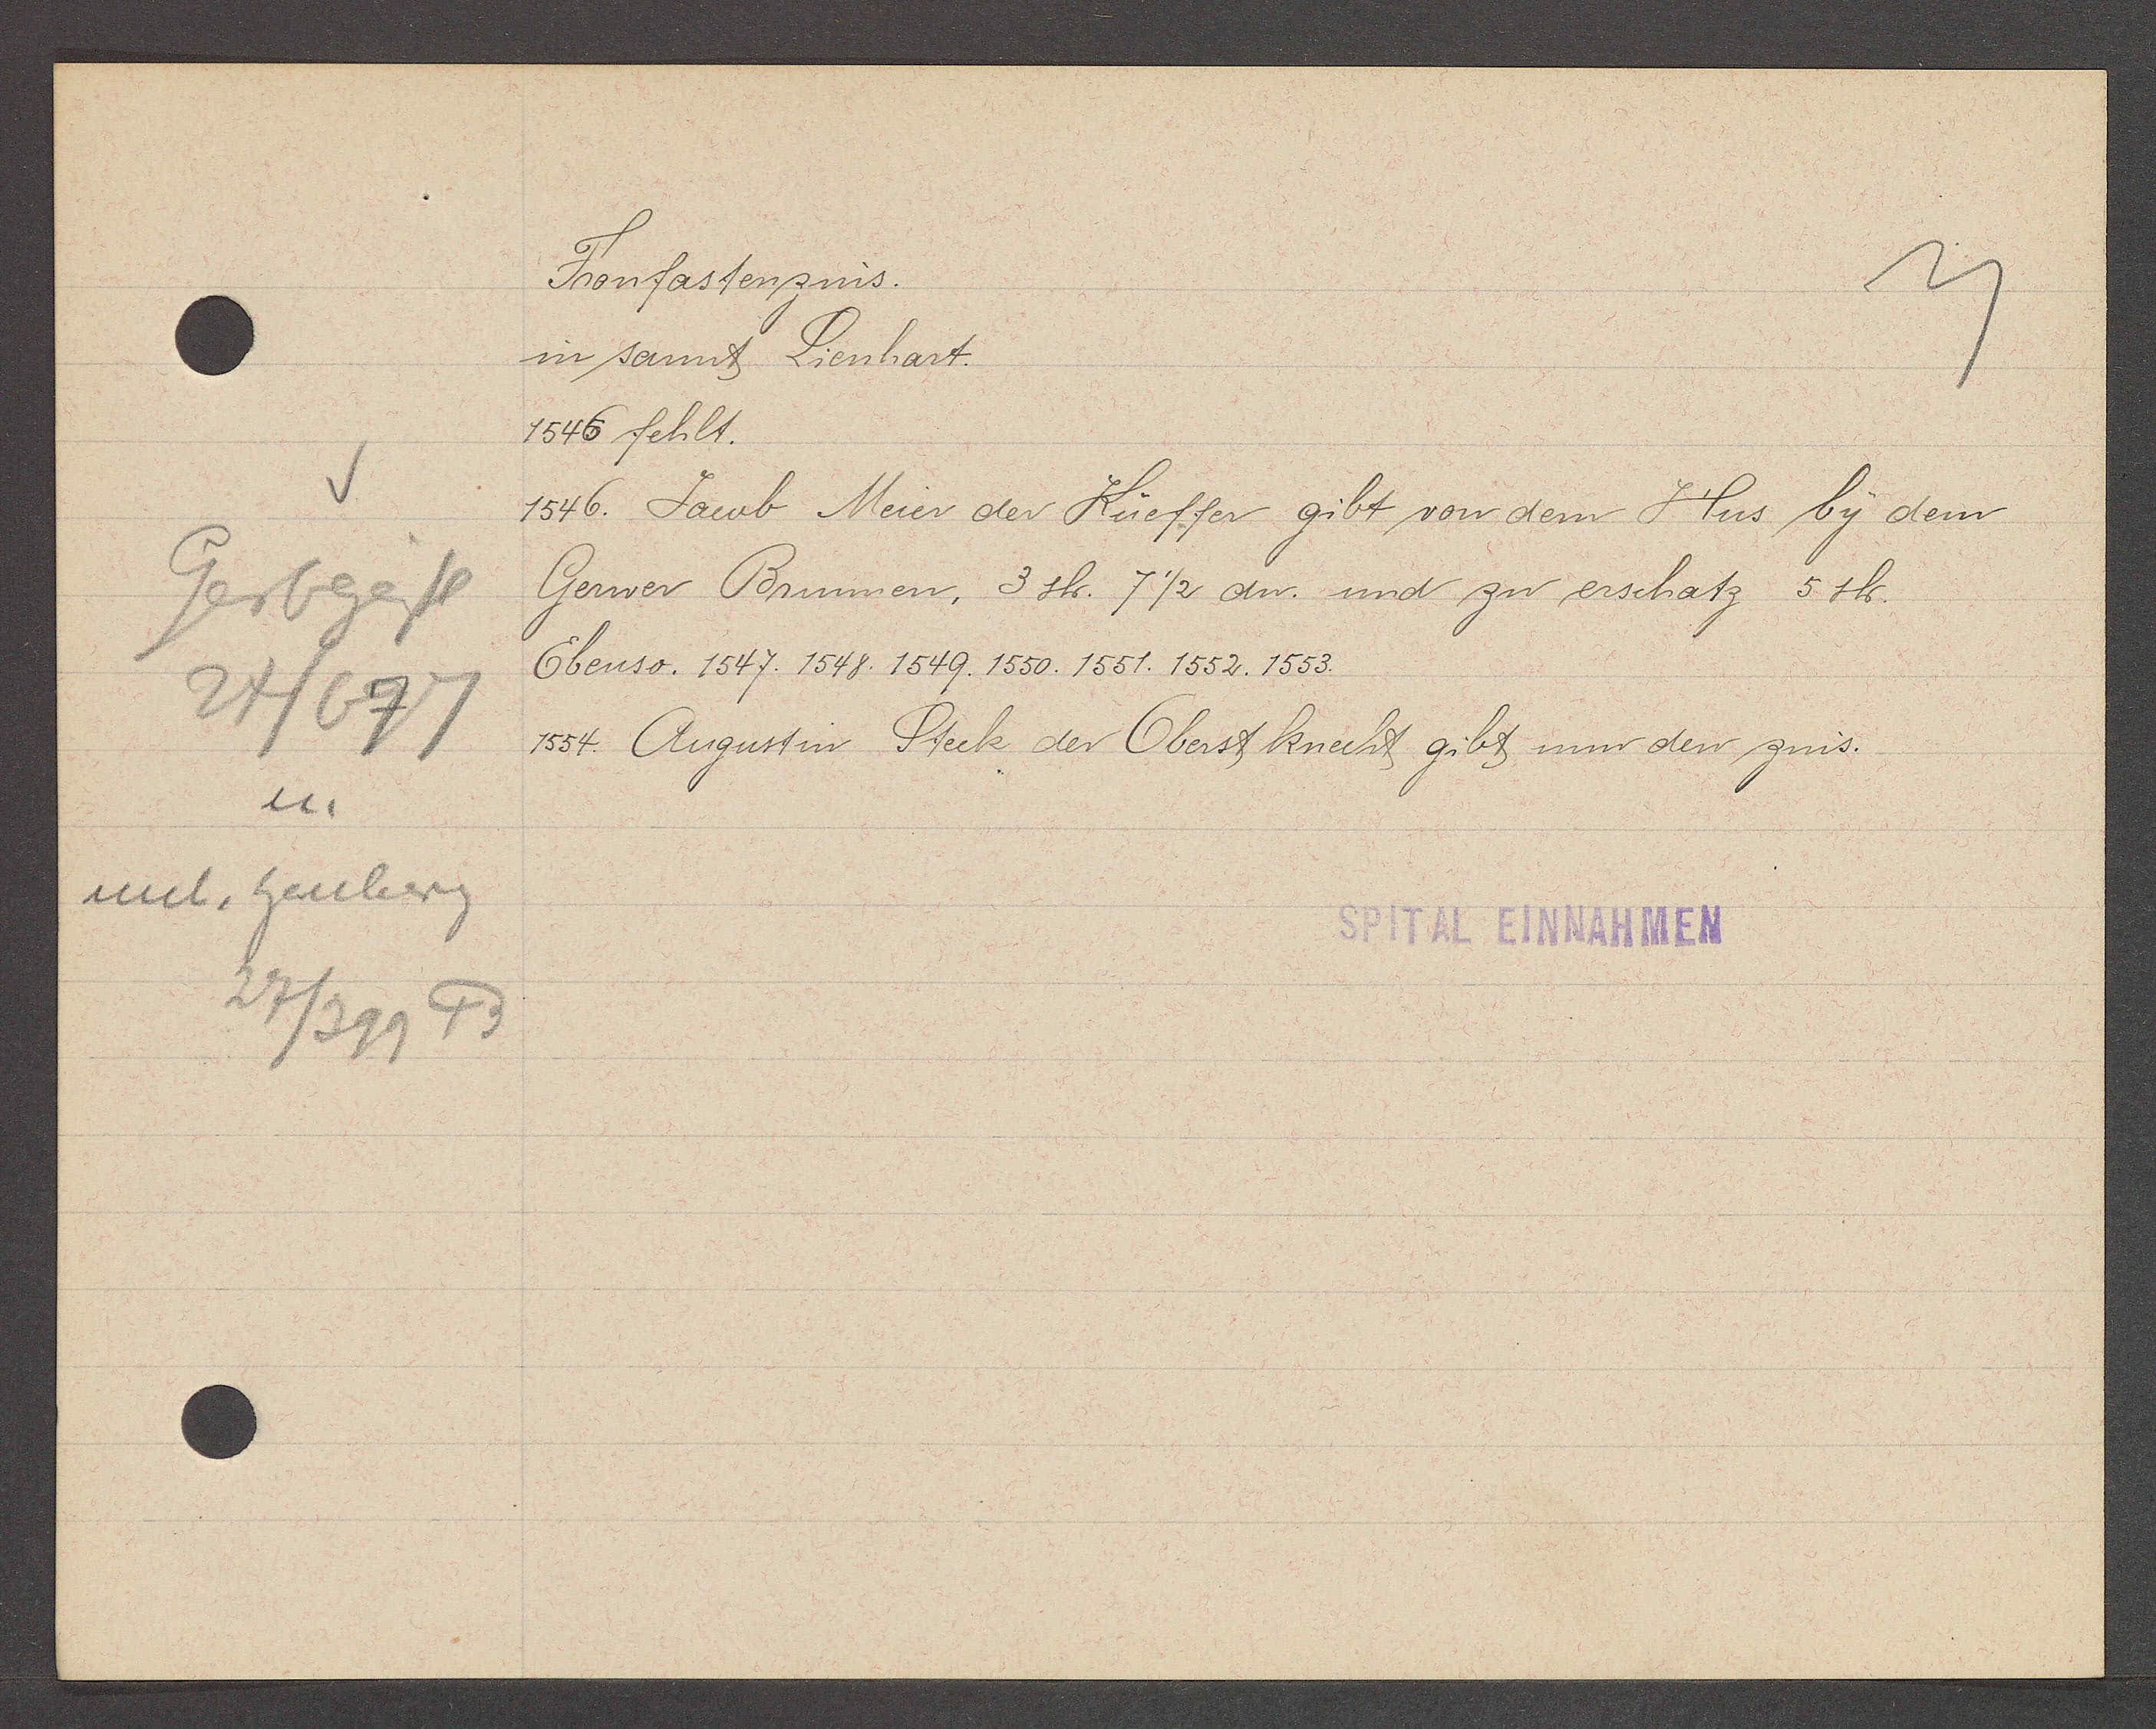
Transcript:
Gerbgässl
24/677
u.
unt. heuberg
27/399 B

Fronfastenzins.

in sannt Lienhart.
1546 fehlt.
1546. Jacob Meier der Küeffer gibt von dem Hus by dem
Gerwer Brunnen, 3 sh. 7 ½ dn. und zu erschatz 5 sh.
Ebenso. 1547. 1548. 1549. 1550. 1551. 1552. 1553.
1554. Augustin Steck der Oberstknecht gibt nun den zins.

SPITAL EINNAHMEN